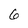
Character: 6